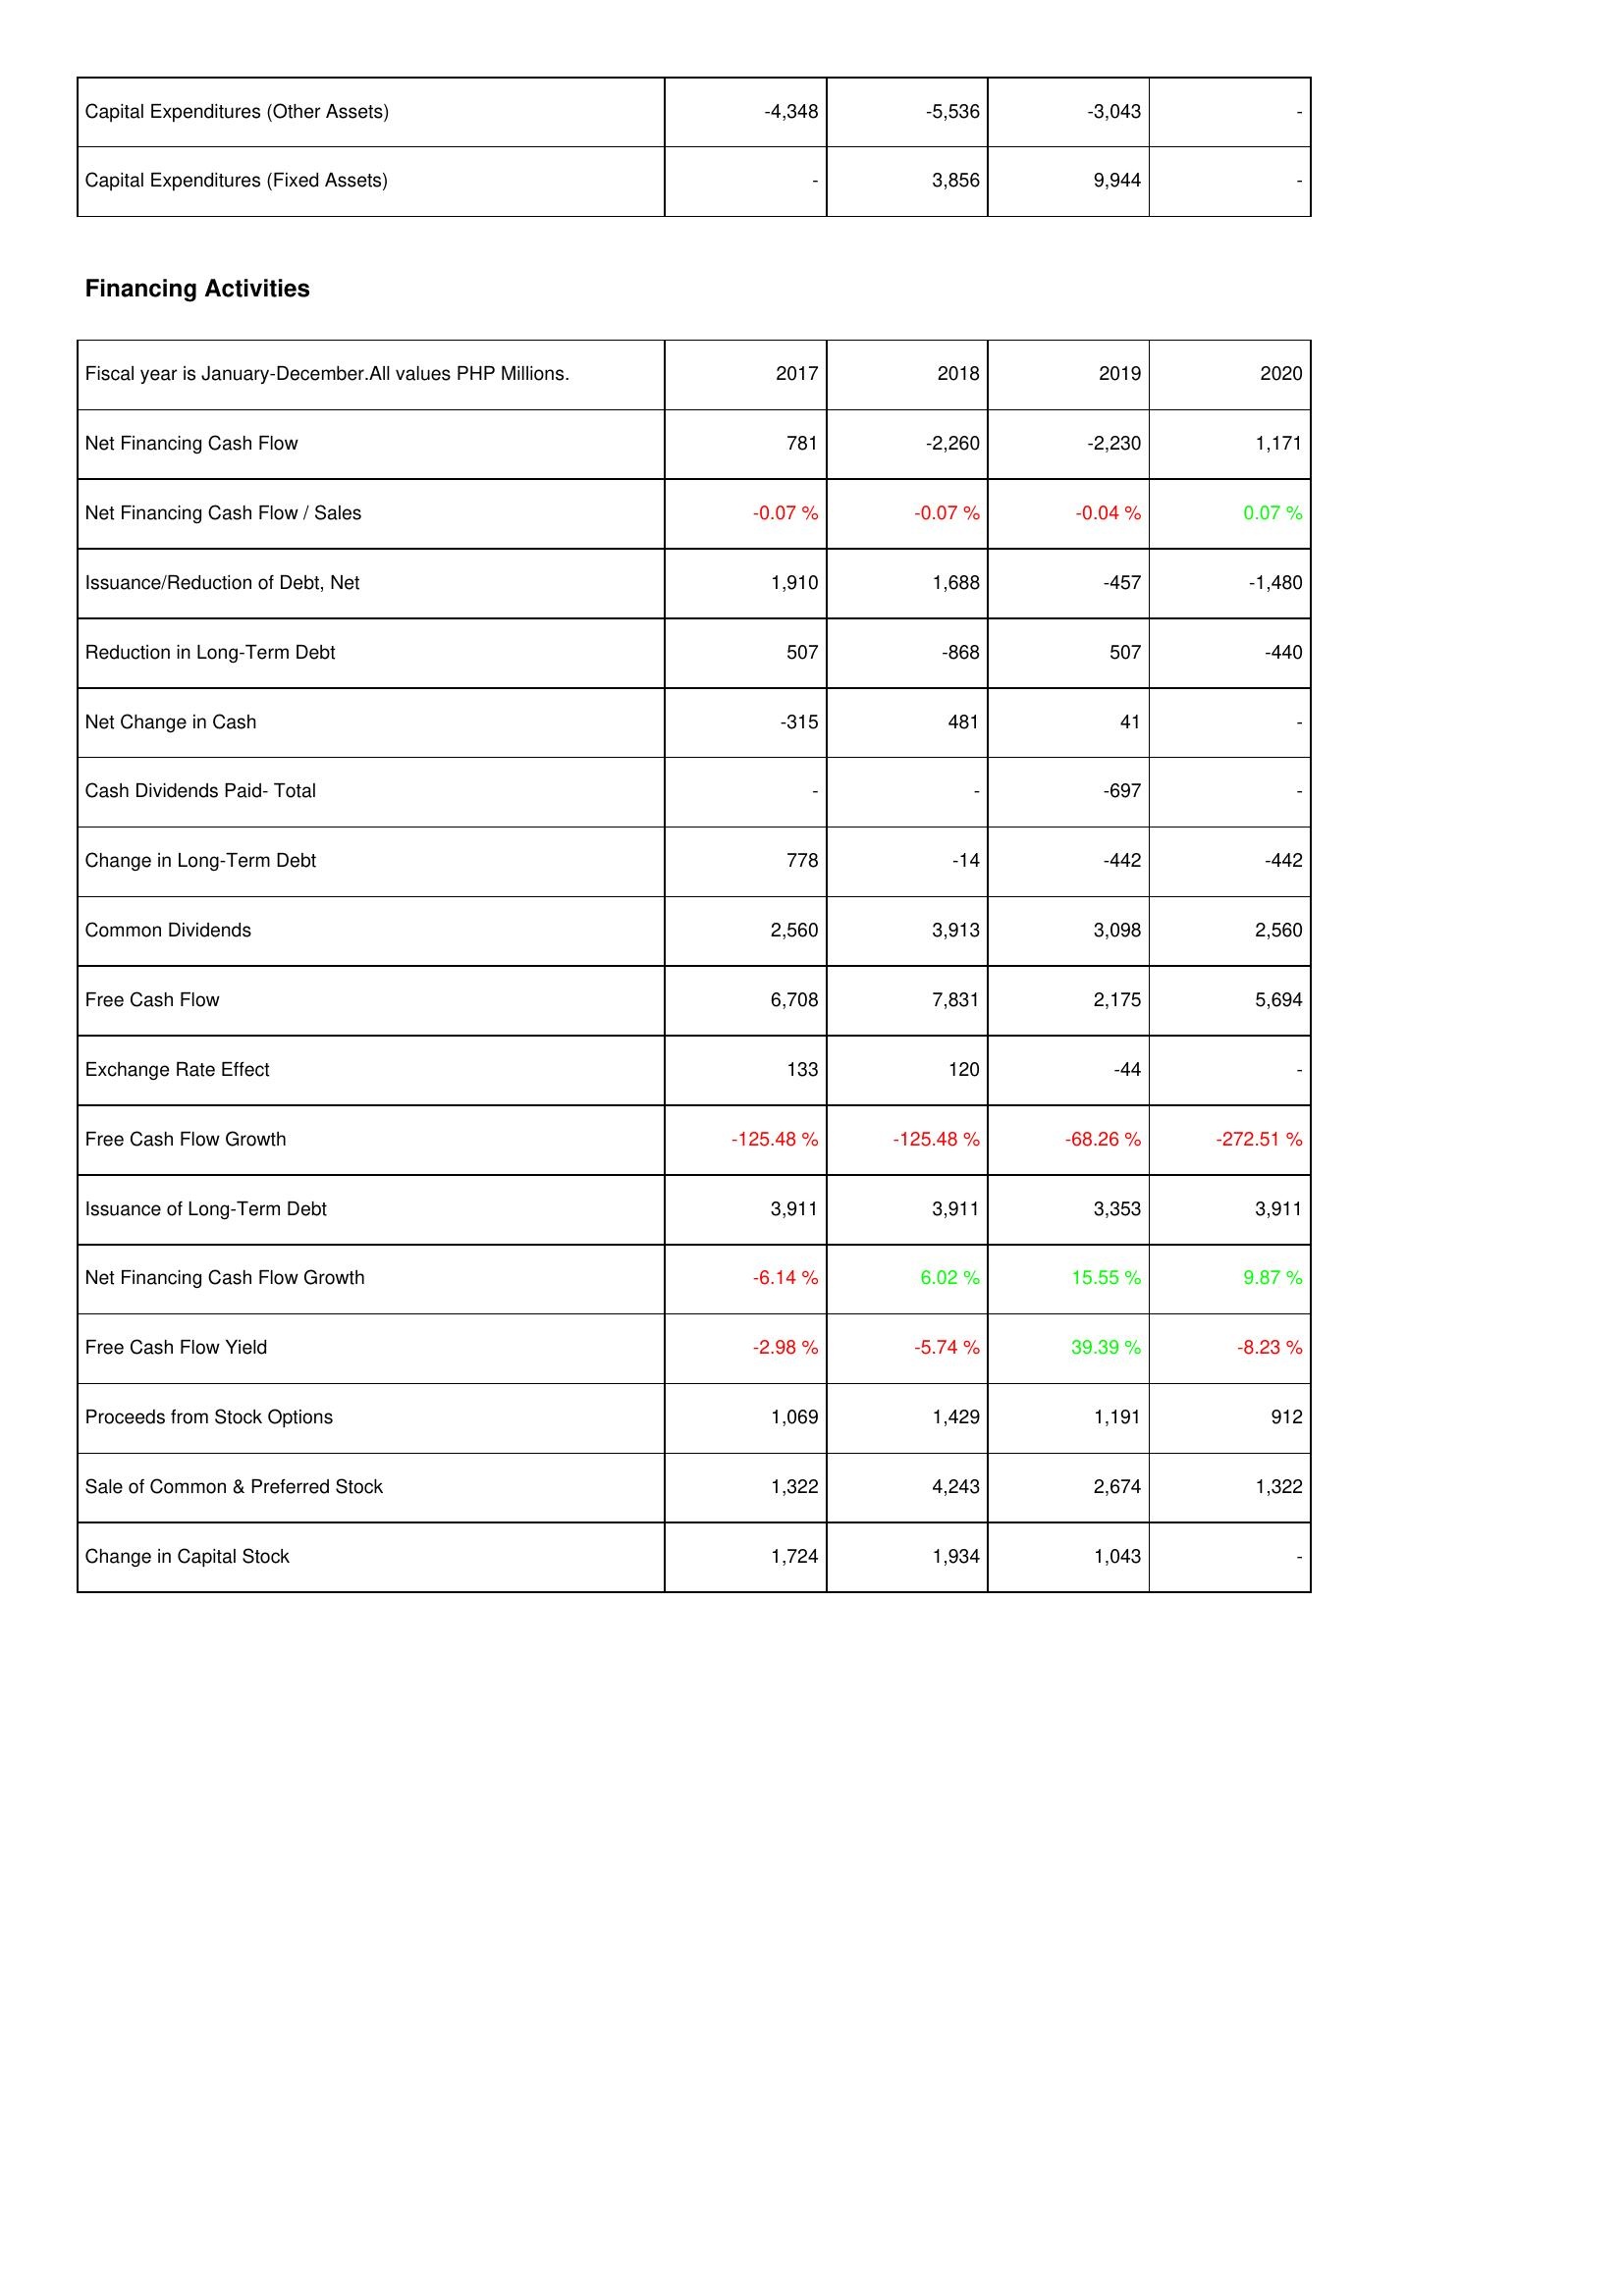
2017: Investing Activities: Capital Expenditures (Other Assets): -4,348
Capital Expenditures (Fixed Assets): -
Financing Activities: Net Financing Cash Flow: 781
Net Financing Cash Flow / Sales: -0.07 %
Issuance/Reduction of Debt, Net: 1,910
Reduction in Long-Term Debt: 507
Net Change in Cash: -315
Cash Dividends Paid- Total: -
Change in Long-Term Debt: 778
Common Dividends: 2,560
Free Cash Flow: 6,708
Exchange Rate Effect: 133
Free Cash Flow Growth: -125.48 %
Issuance of Long-Term Debt: 3,911
Net Financing Cash Flow Growth: -6.14 %
Free Cash Flow Yield: -2.98 %
Proceeds from Stock Options: 1,069
Sale of Common & Preferred Stock: 1,322
Change in Capital Stock: 1,724
2018: Investing Activities: Capital Expenditures (Other Assets): -5,536
Capital Expenditures (Fixed Assets): 3,856
Financing Activities: Net Financing Cash Flow: -2,260
Net Financing Cash Flow / Sales: -0.07 %
Issuance/Reduction of Debt, Net: 1,688
Reduction in Long-Term Debt: -868
Net Change in Cash: 481
Cash Dividends Paid- Total: -
Change in Long-Term Debt: -14
Common Dividends: 3,913
Free Cash Flow: 7,831
Exchange Rate Effect: 120
Free Cash Flow Growth: -125.48 %
Issuance of Long-Term Debt: 3,911
Net Financing Cash Flow Growth: 6.02 %
Free Cash Flow Yield: -5.74 %
Proceeds from Stock Options: 1,429
Sale of Common & Preferred Stock: 4,243
Change in Capital Stock: 1,934
2019: Investing Activities: Capital Expenditures (Other Assets): -3,043
Capital Expenditures (Fixed Assets): 9,944
Financing Activities: Net Financing Cash Flow: -2,230
Net Financing Cash Flow / Sales: -0.04 %
Issuance/Reduction of Debt, Net: -457
Reduction in Long-Term Debt: 507
Net Change in Cash: 41
Cash Dividends Paid- Total: -697
Change in Long-Term Debt: -442
Common Dividends: 3,098
Free Cash Flow: 2,175
Exchange Rate Effect: -44
Free Cash Flow Growth: -68.26 %
Issuance of Long-Term Debt: 3,353
Net Financing Cash Flow Growth: 15.55 %
Free Cash Flow Yield: 39.39 %
Proceeds from Stock Options: 1,191
Sale of Common & Preferred Stock: 2,674
Change in Capital Stock: 1,043
2020: Investing Activities: Capital Expenditures (Other Assets): -
Capital Expenditures (Fixed Assets): -
Financing Activities: Net Financing Cash Flow: 1,171
Net Financing Cash Flow / Sales: 0.07 %
Issuance/Reduction of Debt, Net: -1,480
Reduction in Long-Term Debt: -440
Net Change in Cash: -
Cash Dividends Paid- Total: -
Change in Long-Term Debt: -442
Common Dividends: 2,560
Free Cash Flow: 5,694
Exchange Rate Effect: -
Free Cash Flow Growth: -272.51 %
Issuance of Long-Term Debt: 3,911
Net Financing Cash Flow Growth: 9.87 %
Free Cash Flow Yield: -8.23 %
Proceeds from Stock Options: 912
Sale of Common & Preferred Stock: 1,322
Change in Capital Stock: -